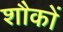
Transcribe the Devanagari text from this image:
शौकों